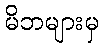
မိဘများမှ